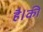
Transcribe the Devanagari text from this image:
है।की